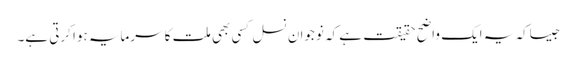
جیساکہ یہ ایک واضح حقیقت ہے کہ نوجوان نسل کسی بھی ملت کا سرمایہ ہوا کرتی ہے۔